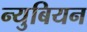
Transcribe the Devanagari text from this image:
न्युबियन